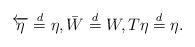
LaTeX: \begin{align*}\overleftarrow{\eta}\buildrel{d}\over{=}\eta,\bar{W}\buildrel{d}\over{=}W,T\eta\buildrel{d}\over{=}\eta.\end{align*}